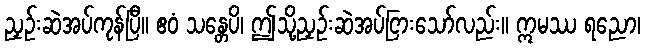
ညှဉ်းဆဲအပ်ကုန်ပြီ။ ဧဝံ သန္တေပိ၊ ဤသို့ညှဉ်းဆဲအပ်ငြားသော်လည်း။ ဣမဿ ရညော၊